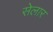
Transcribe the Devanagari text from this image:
सेलार